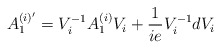
\begin{align*}A^{(i)'}_{1}= V_{i}^{-1} A^{(i)}_{1} V_{i} + \frac{1}{ie} V_{i}^{-1} d V_{i}\end{align*}